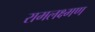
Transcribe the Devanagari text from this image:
रामलक्ष्मण